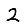
Digit: 2